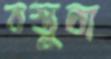
বস্তুবা